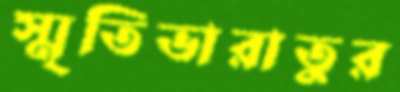
স্মৃতিভারাতুর